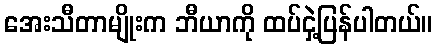
အေးသီတာမျိုးက ဘီယာကို ထပ်ငှဲ့ပြန်ပါတယ်။